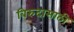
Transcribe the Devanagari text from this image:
बिरुदासाठी